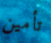
تأمين